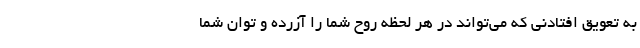
به تعویق افتادنی که می‌تواند در هر لحظه روح شما را آزرده و توان شما